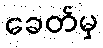
ခေတ်မှ